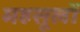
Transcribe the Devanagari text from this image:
महसूलों